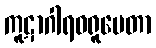
ကူဋာဂါရဝရူပေတာ